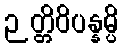
ဉတ္တိဝိပန္နမ္ပိ